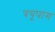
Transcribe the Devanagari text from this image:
त्रयूपांग